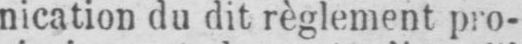
nication du dit règlement pro-